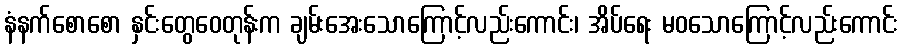
နံနက်စောစော နှင်းတွေဝေတုန်းက ချမ်းအေးသောကြောင့်လည်းကောင်း၊ အိပ်ရေး မဝသောကြောင့်လည်းကောင်း